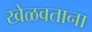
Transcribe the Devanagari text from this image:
खेळवताना